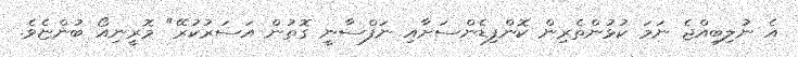
އެ ނުލިބިއްޖެ ނަމަ ކުޅުންތެރިން ކޮންފިޑެންސަށާއި ނަފްސާނީ ގޮތުން އަސަރުކުރޭ" މޮރީނިއޯ ބުންޏެވެ.